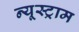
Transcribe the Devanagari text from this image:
न्यूस्ट्राम